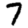
Digit: 7